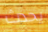
يحدث